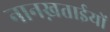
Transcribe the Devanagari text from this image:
नानख़ताईयों